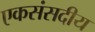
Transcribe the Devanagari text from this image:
एकसंसदीय